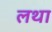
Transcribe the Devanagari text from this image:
लथा